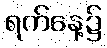
ရက်နေ့၌